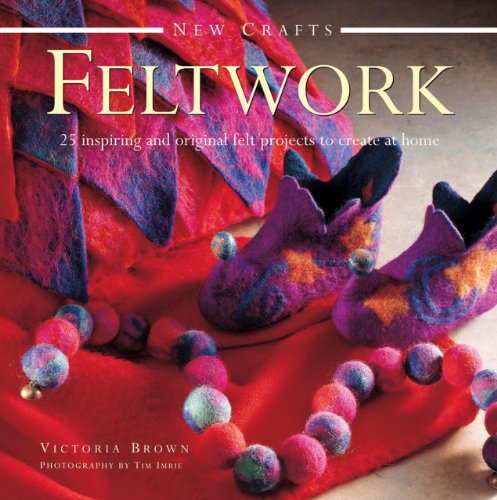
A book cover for New Crafts: Feltwork: 25 Inspiring And Original Felt Projects To Create At Home; Victoria Brown; Crafts, Hobbies & Home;